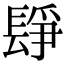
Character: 𨲌